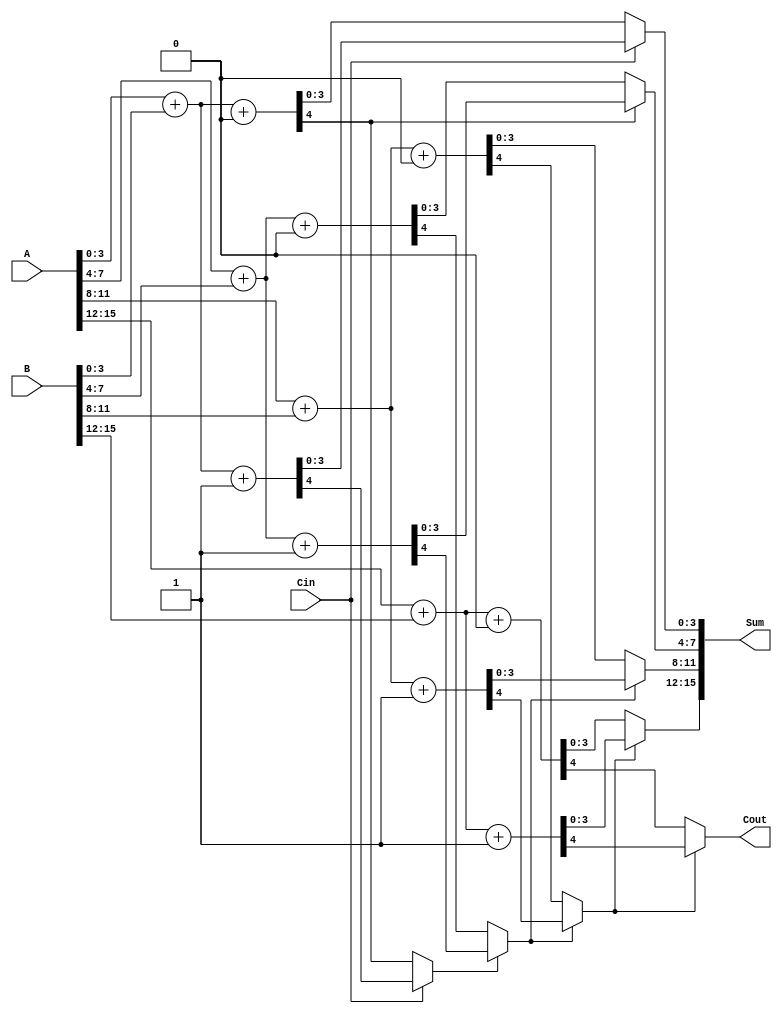
module DynamicCarrySelectAdder (
    input [15:0] A,      // 16-bit input A
    input [15:0] B,      // 16-bit input B
    input Cin,           // Carry-in
    output [15:0] Sum,   // 16-bit Sum output
    output Cout          // Carry-out
);

    wire [3:0] S0, S1, S2, S3; // Partial sums for each segment
    wire [3:0] C0, C1, C2, C3; // Carry outputs for each segment
    wire [3:0] S0_mux, S1_mux, S2_mux, S3_mux; // MUX outputs for sums
    wire C0_mux, C1_mux, C2_mux; // MUX outputs for carries

    // 4-bit Ripple Carry Adder for each segment assuming Cin = 0
    assign {C0[0], S0} = A[3:0] + B[3:0] + 0; // Segment 0
    assign {C1[0], S1} = A[7:4] + B[7:4] + 0; // Segment 1
    assign {C2[0], S2} = A[11:8] + B[11:8] + 0; // Segment 2
    assign {C3[0], S3} = A[15:12] + B[15:12] + 0; // Segment 3

    // 4-bit Ripple Carry Adder for each segment assuming Cin = 1
    assign {C0[1], S0_mux} = A[3:0] + B[3:0] + 1; // Segment 0
    assign {C1[1], S1_mux} = A[7:4] + B[7:4] + 1; // Segment 1
    assign {C2[1], S2_mux} = A[11:8] + B[11:8] + 1; // Segment 2
    assign {C3[1], S3_mux} = A[15:12] + B[15:12] + 1; // Segment 3

    // MUX for selecting the sum outputs based on Cin
    assign Sum[3:0] = Cin ? S0_mux : S0;
    assign Sum[7:4] = C0[0] ? S1_mux : S1; // Select based on carry from segment 0
    assign Sum[11:8] = C1_mux ? S2_mux : S2; // Select based on carry from segment 1
    assign Sum[15:12] = C2_mux ? S3_mux : S3; // Select based on carry from segment 2

    // MUX for selecting the carry outputs
    assign C0_mux = Cin ? C0[1] : C0[0];
    assign C1_mux = C0_mux ? C1[1] : C1[0];
    assign C2_mux = C1_mux ? C2[1] : C2[0];
    assign Cout = C2_mux ? C3[1] : C3[0];

endmodule